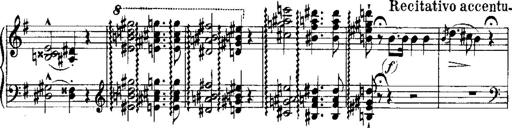
Title: RÃ©miniscences de Norma de Bellini
Composer: Franz Liszt